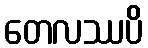
တေလဿပိ